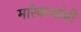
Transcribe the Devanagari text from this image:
मारेकऱ्यांनी